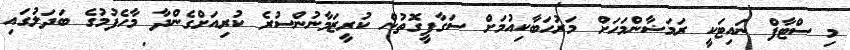
މި ސްޓާފް ނައިޓަކީ ރަމަޟާންމަހަށް މަރުހަބާކިއުމަށް ސަގާފީގޮތުން ކުރީޒަމާނުންސުރެ ކުރިއަށްގެންދާ މާހެފުމުގެ ބަދަލުގައި